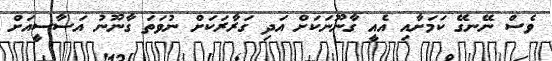
ވެސް ނޭނގޭ ކަމަށާއި އެއީ ގާނޫނަކަށް އަދި ގަރާރަކަށް ނުވަތަ ގާނޫނު އަސާސީއަށް